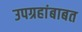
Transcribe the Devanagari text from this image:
उपग्रहांबाबत